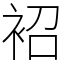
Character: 袑